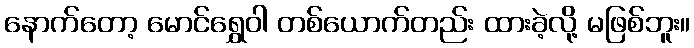
နောက်တော့ မောင်ရွှေဝါ တစ်ယောက်တည်း ထားခဲ့လို့ မဖြစ်ဘူး။